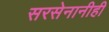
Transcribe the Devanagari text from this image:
सरसेनानीही